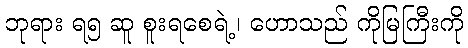
ဘုရား ရ၅ ဆူ စူးရစေရဲ့၊ ဟောသည် ကိုမြကြီးကို